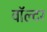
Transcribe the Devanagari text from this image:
वॉल्‍टर